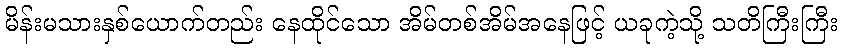
မိန်းမသားနှစ်ယောက်တည်း နေထိုင်သော အိမ်တစ်အိမ်အနေဖြင့် ယခုကဲ့သို့ သတိကြီးကြီး